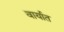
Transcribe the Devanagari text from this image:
वार्यात